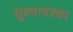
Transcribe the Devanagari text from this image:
सुक्ष्मावस्था